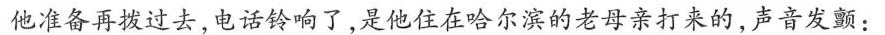
他准备再拨过去，电话铃响了，是他住在哈尔滨的老母亲打来的，声音发颤：